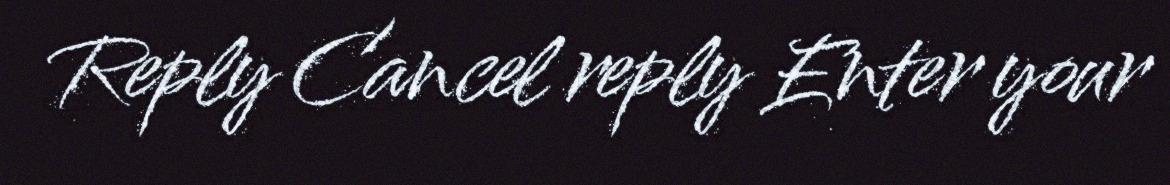
Reply Cancel reply Enter your